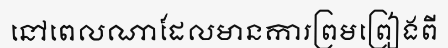
នៅពេលណាដែលមានការព្រមព្រៀងពី